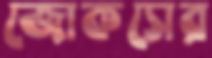
জোকসের